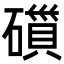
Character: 𮁁